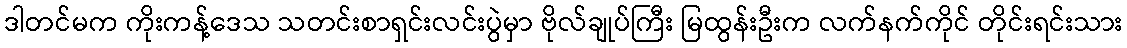
ဒါတင်မက ကိုးကန့်ဒေသ သတင်းစာရှင်းလင်းပွဲမှာ ဗိုလ်ချုပ်ကြီး မြထွန်းဦးက လက်နက်ကိုင် တိုင်းရင်းသား